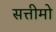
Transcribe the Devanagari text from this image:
सत्तीमो